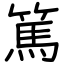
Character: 篤